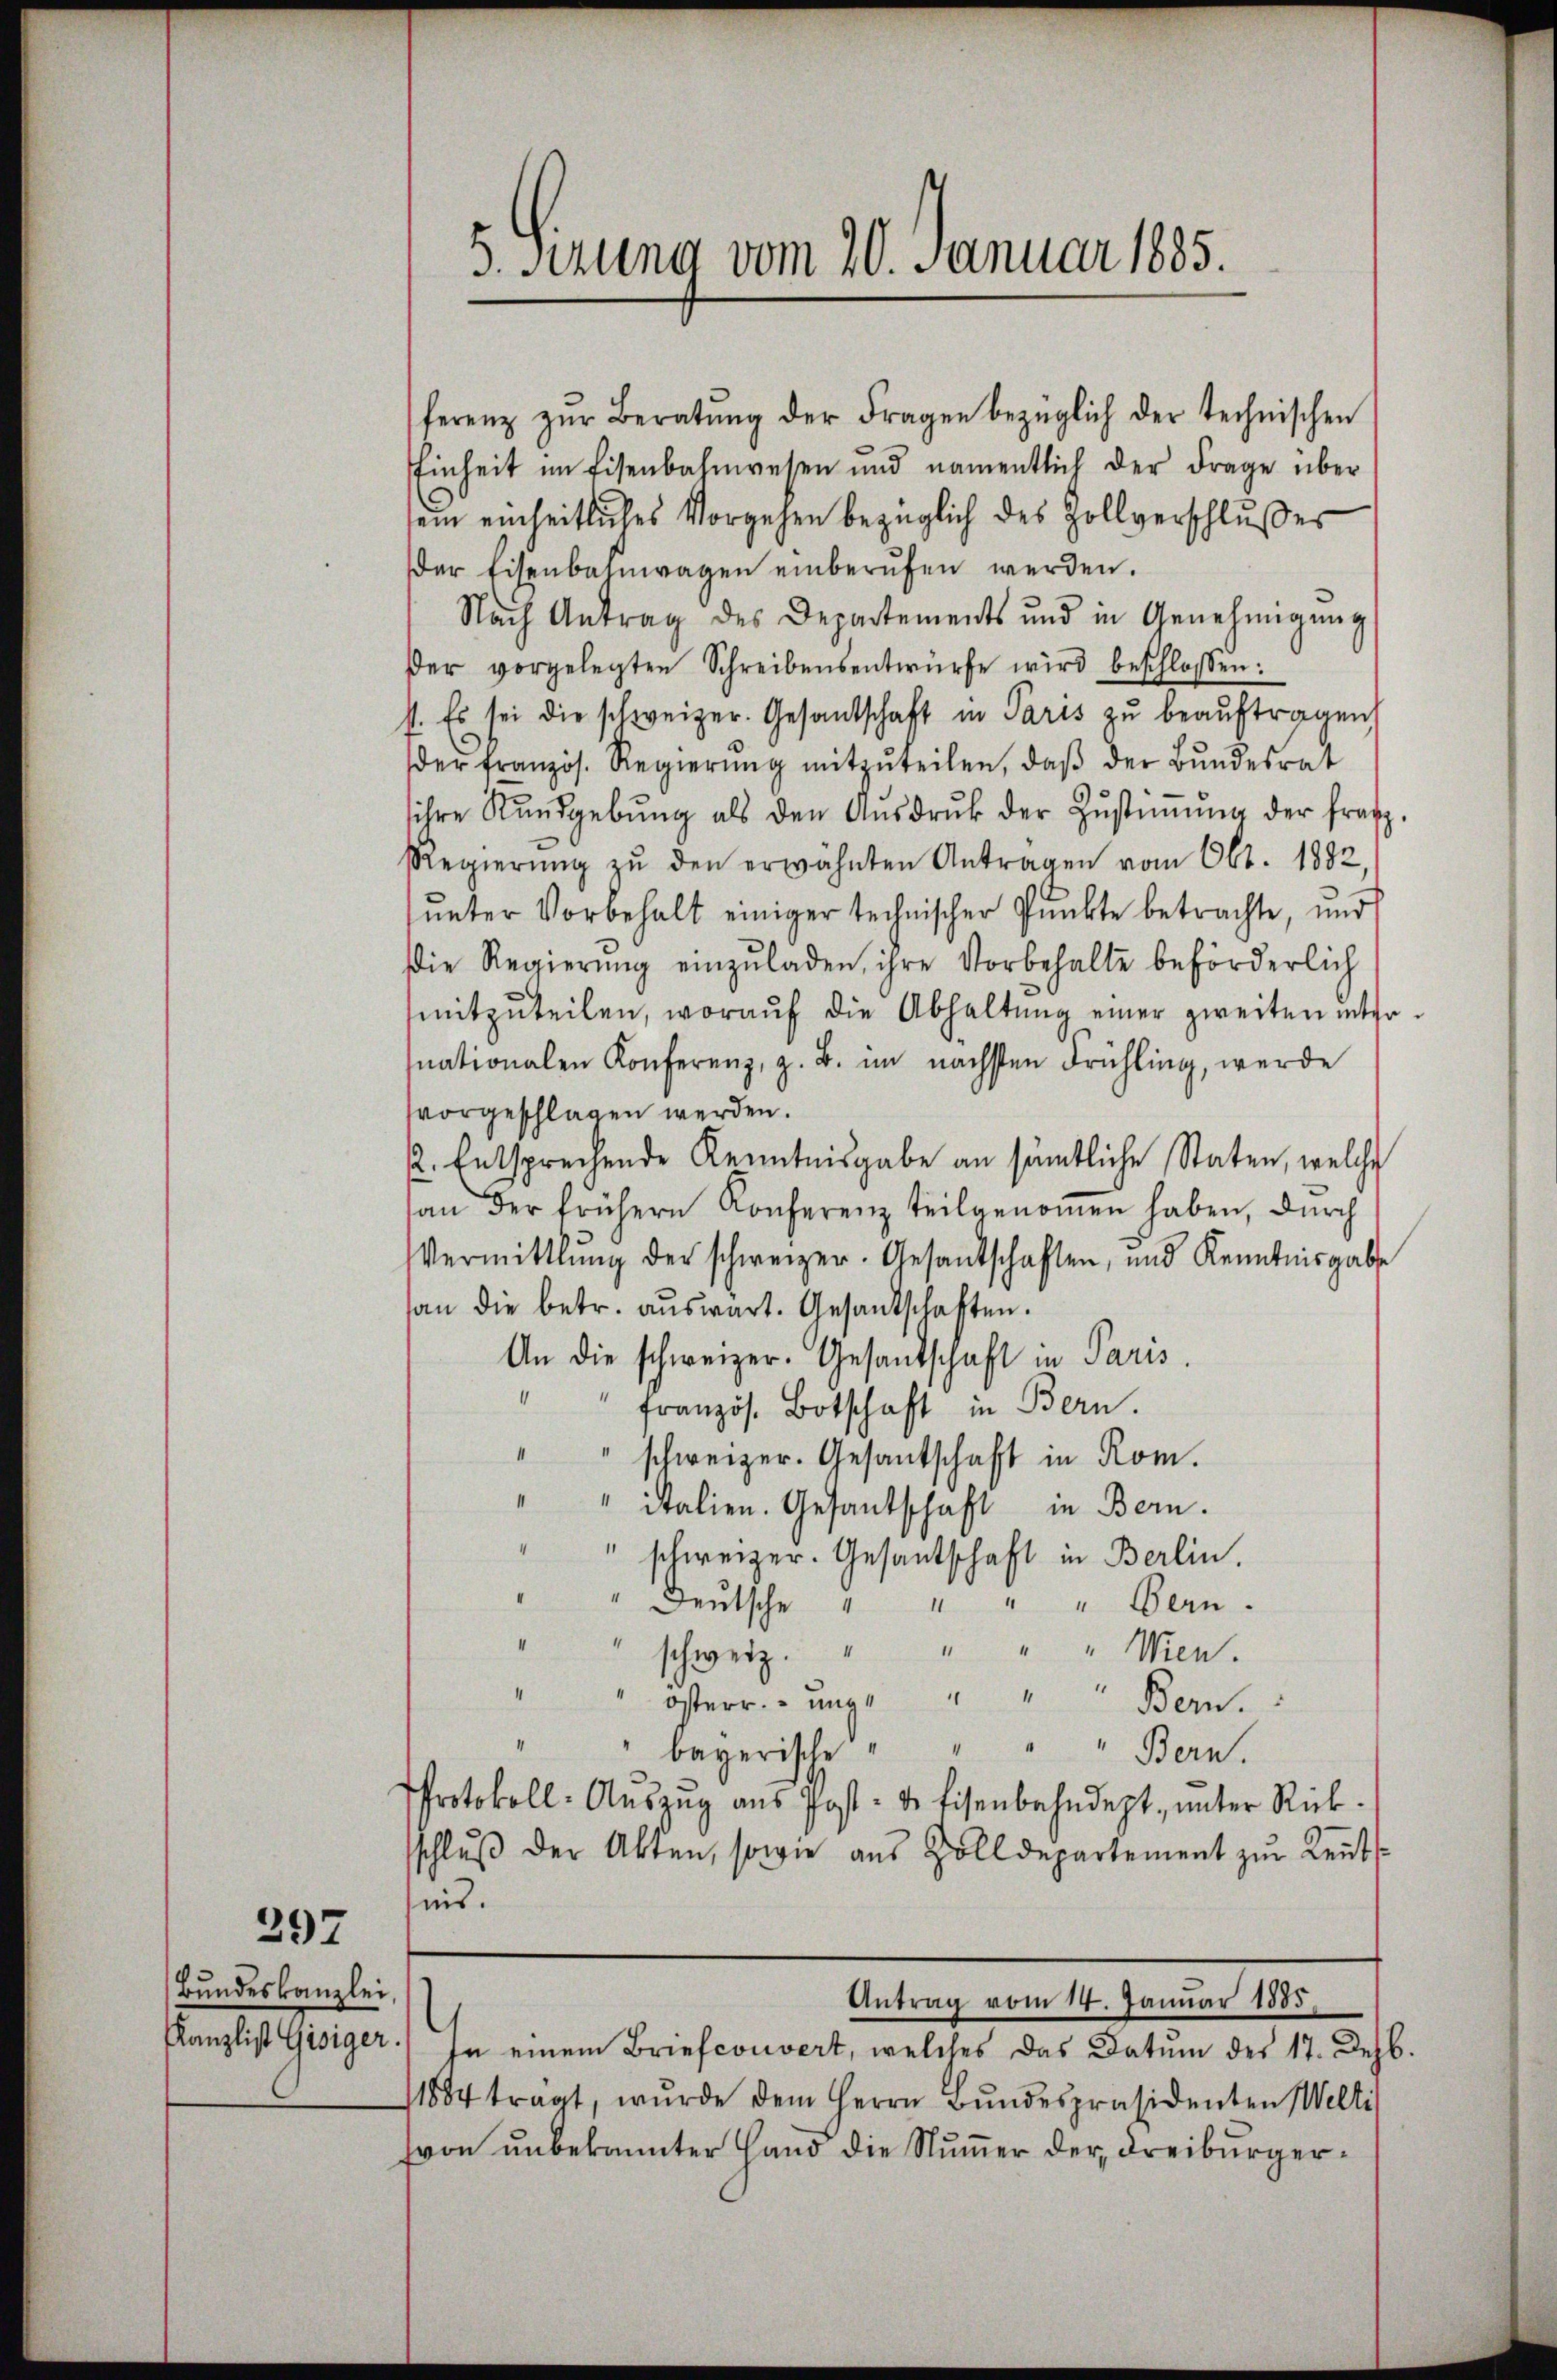
297

Bundeskanzlei,

5. Szung vom 20. Januar 1885.

ferenz zŭr Beratŭng der Fragen bezüglich der technischen
Einheit im Eisenbahnwesen und namentlich der Frage über
sein einheitliches Vorgehen bezüglich des Zollverschlußes
er Eisenbahnwagen einberŭfen werden.
Nach Antrag des Departements und in Genehmigung
der vorgelegten Schreibensentwürfe wird beschlossen:
s. Es sei die schweizer. Gesandtschaft in Paris zŭ beaŭftragen,
der französ. Regierŭng mitzŭteilen, daβ der Bŭndesrat
sihre Rundgebŭng als den Aŭsdrŭk der Zŭstiṁŭng der fratz-
Regierŭng zŭ den erwähnten Anträgen vom Okt. 1882,
ŭnter Vorbehalt einiger technischer Punkte betrachte, und
Die Regierŭng einzŭladen, ihre Vorbehalte beförderlich
mitzŭteilen, woraŭf die Abhaltŭng einer zweiten inter
nationalen Konferenz, z. B. im nächsten Frühling, werde
svorgeschlagen werden.
2. Entsprechende Kenntnisgabe an sämtliche Staten, welche
an der frühern Konferenz teilgenoṁen haben, durch
Vermittlung der schweizer. Gesantschaften, und Kenntnisgabe
san die betr. auswart. Gesandtschaften.
An die schweizer. Gesantschaft in Paris
" französ. Botschaft in Bern.
.
schweizer. Gesantschaft in Rom.
" " italien. Gesantschaft in Bern.
" schweizer. Gesantschaft in Berlin.
deŭtsche " " " " Bern.
schweiz. " " " " Wien.
Osterr. unge " " Bern.
bayerische " " " " Bern.
Protokoll- Aŭszŭg aŭs Post- u. Eisenbahndept, ŭnter Rück-
schlŭβ der Akten, sowie aus Zolldepartement zŭr Keṅt-
nis.
Antrag vom 14. Januar 1885.
.
Kanzlist Gisiger.) In einem Briefcouvert, welches das Datum des 17. Dezb.
1884 tragt, wurde dem Herrn Bŭndespräsidenten Welti
(von unbekannter Hand die Nummer der Freiburger¬